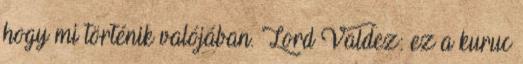
hogy mi történik valójában. Lord Valdez: ez a kuruc